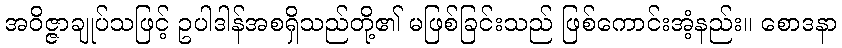
အဝိဇ္ဇာချုပ်သဖြင့် ဥပါဒါန်အစရှိသည်တို့၏ မဖြစ်ခြင်းသည် ဖြစ်ကောင်းအံ့နည်း။ စောဒနာ